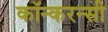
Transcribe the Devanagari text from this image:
कॉन्करन्सी